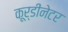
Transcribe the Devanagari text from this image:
कूर्डीनेटर